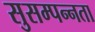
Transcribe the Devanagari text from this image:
सुसम्पन्नता